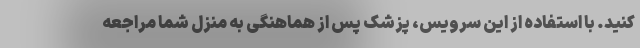
کنید. با استفاده از این سرویس، پزشک پس از هماهنگی به منزل شما مراجعه